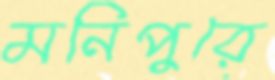
মনিপুরে